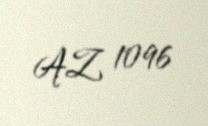
AZ 1096